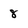
Character: 8